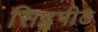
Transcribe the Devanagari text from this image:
सिद्वपीठ